Civil Veterinary Dept. North-West Frontier Province 1933-46 - 1933-1946
Year: 1933
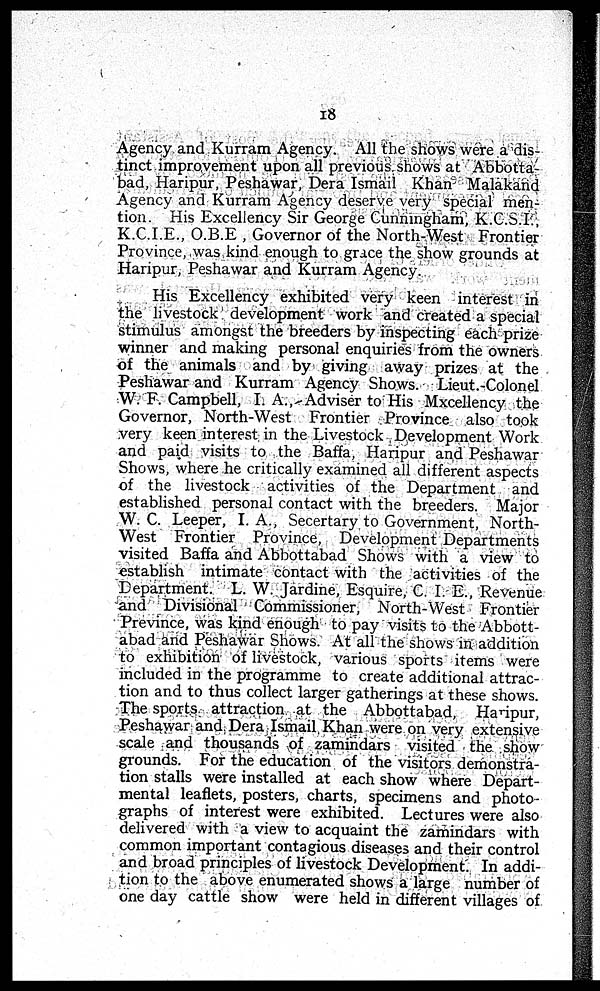
18
Agency and Kurram Agency. All the shows were a dis-
tinct improvement upon all previous shows at Abbotta-
bad, Haripur, Peshawar, Dera Ismail Khan Malakand
Agency and Kurram Agency deserve very special men-
tion. His Excellency Sir George Cunningham, K.C.S.I.,
K.C.I.E., O.B.E , Governor of the North-West Frontier
Province, was kind enough to grace the show grounds at
Haripur, Peshawar and Kurram Agency.
His Excellency exhibited very keen interest in
the livestock development work and created a special
stimulus amongst the breeders by inspecting each prize
winner and making personal enquiries from the owners
of the animals and by giving away prizes at the
Peshawar and Kurram Agency Shows. Lieut.-Colonel
W. F. Campbell, I. A., Adviser to His Mxcellency the
Governor, North-West Frontier Province also took
very keen interest in the Livestock Development Work
and paid visits to the Baffa, Haripur and Peshawar
Shows, where he critically examined all different aspects
of the livestock activities of the Department and
established personal contact with the breeders. Major
W. C. Leeper, I. A., Secertary to Government, North-
West Frontier Province, Development Departments
visited Baffa and Abbottabad Shows with a view to
establish intimate contact with the activities of the
Department. L. W. Jardine, Esquire, C. I. E., Revenue
and Divisional Commissioner, North-West Frontier
Prevince, was kind enough to pay visits to the Abbott-
abad and Peshawar Shows. At all the shows in addition
to exhibition of livestock, various sports items were
included in the programme to create additional attrac-
tion and to thus collect larger gatherings at these shows.
The sports attraction at the Abbottabad, Haripur,
Peshawar and Dera Ismail Khan were on very extensive
scale and thousands of zamindars visited the show
grounds. For the education of the visitors demonstra-
tion stalls were installed at each show where Depart-
mental leaflets, posters, charts, specimens and photo-
graphs of interest were exhibited. Lectures were also
delivered with a view to acquaint the zamindars with
common important contagious diseases and their control
and broad principles of livestock Development. In addi-
tion to the above enumerated shows a large number of
one day cattle show were held in different villages of